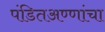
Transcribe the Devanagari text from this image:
पंडितअण्णांचा